Bombay plague: being a history of the progress of plague in the Bombay presidency from September 1896 to June 1899
Year: 1896
Disease focus: Plague
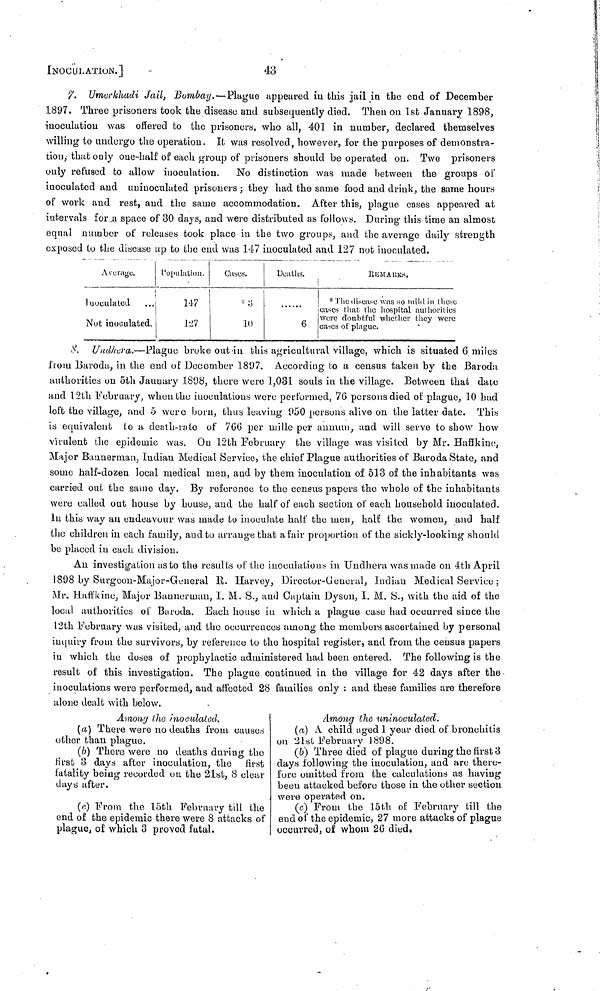
INOCULATION.]
43
7. Umerkhadi Jail, 'Bombay.—Plague appeared in this jail in the end of December
1897. Three prisoners took the disease and subsequently died. Then 011 1st January 1898,
inoculatiou was offered to the prisoners, who all, 401 in number, declared themselves
willing to undergo the operation. It was resolved, however, for the purposes of demonstra-
tion, that only one-half of each group of prisoners should be operated on. Two prisoners
only refused to allow inoculation.
No distinction was made between the groups of
inoculated and uuiuoculated prisoners; they had the same food and drink, the same hours
of work and rest, and the same accommodation. After this, plague cases appeared at
intervals for a space of 30 days, and were distributed as follows. During this time an almost
equal number of releases took place in the two groups, and the average daily strength
exposed to the disease up to the end was 147 inoculated and 127 not inoculated.
Average.
luoculated
Not inoculated.
Population.
147
1.27
Case.
3
10
Deaths.
6
REMEAUKS.
* The dinscase was so mild in these
cases that the hospital authorities
were doubtful whether they were
cases of plague.
8. Undhera.—Plague broke out in this agricultural village, which is situated 6 miles
from Baroda, in the end of December 1807. According to a census taken by the Baroda
authorities on 5th January 1898, there were 1,031 souls in the village. Between that date
and 12th February, when the inoculations were performed, 70 persons died of plague, 10 had
left the village, and 5 were born, thus leaving 950 persons alive on the latter date. This
is equivalent tο a death-rate of 766 per mille per annum, and will serve to show how
virulent the epidemic was. On 12th February the village was visited by Mr. Haffkine,
Major Bannerman, Indian Medical Service, the chief Plague authorities of Baroda State, and
some half-dozen local medical men, and by them inoculation of 513 of the inhabitants was
carried out the same day. By reference to the census papers the whole of the inhabitants
were called out house by house, and the half of each section of each household inoculated.
In this way an endeavour way made to inoculate half the men, half the women, and half
the children in each family, and to arrange that a fair proportion of the sickly-looking should
be placed in each division.
An investigation as to the results of the inoculations in Uudhera was made on 4th April
1898 by Surgcon-Major-Greneral R. Harvey, Director-General, Indian Medical Service ;
Mr. Haffkine, Major Baunernuin, I. M. S., and Captain Dyson, I. M. S., with the aid of the
local authorities of Baroda. Bach house in which a plague case had occurred since the
12th February was visited, and the occurrences among the members ascertained by personal
inquiry from the survivors, by reference to the hospital register, and from the census papers
in which the doses of prophylactic administered had been entered. The following is the
result of this investigation. The plague continued in the village for 42 days after the
inoculations were performed, and affected 28 families only : and these families are therefore
alone dealt with below.
Among the inoculaled.
(a) There were no deaths from causes
other than plague.
(b) There were no deaths during the
first 3 days after inoculation, the first
fatality being recorded ou the 2lst, 8 clear
days after.
(c) From the 15th February till the
end of the epidemic there were 8 attacks of
plague, of which 3 proved fatal.
Among the uninoculated.
(α) A child aged 1 year died of bronchitis
on 21st February 1898.
(6) Three died of plague during the first 3
days following the inoculation, and arc there-
fore omitted from the calculations as having
been attacked before those in the other section
were operated on.
(c) From the 15th of February till the
end of the epidemic, 27 more attacks of plague
occurred, of whom 26 died,